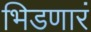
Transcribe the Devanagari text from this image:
भिडणारं